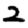
Digit: 2